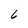
Character: 6